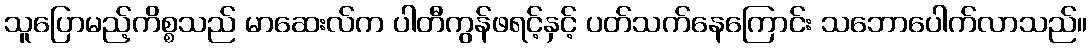
သူပြောမည့်ကိစ္စသည် မာဆေးလ်က ပါတီကွန်ဖရင့်နှင့် ပတ်သက်နေကြောင်း သဘောပေါက်လာသည်။